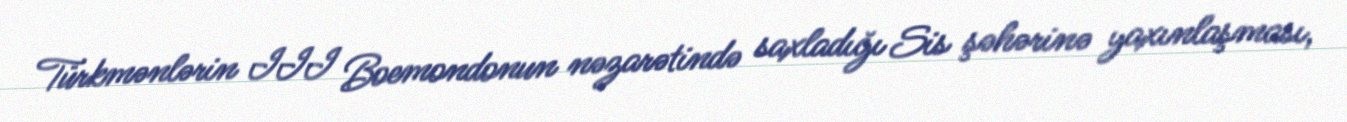
Türkmənlərin III Boemondonun nəzarətində saxladığı Sis şəhərinə yaxınlaşması,